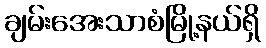
ချမ်းအေးသာစံမြို့နယ်ရှိ